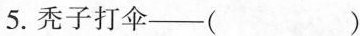
5.秃子打伞——()